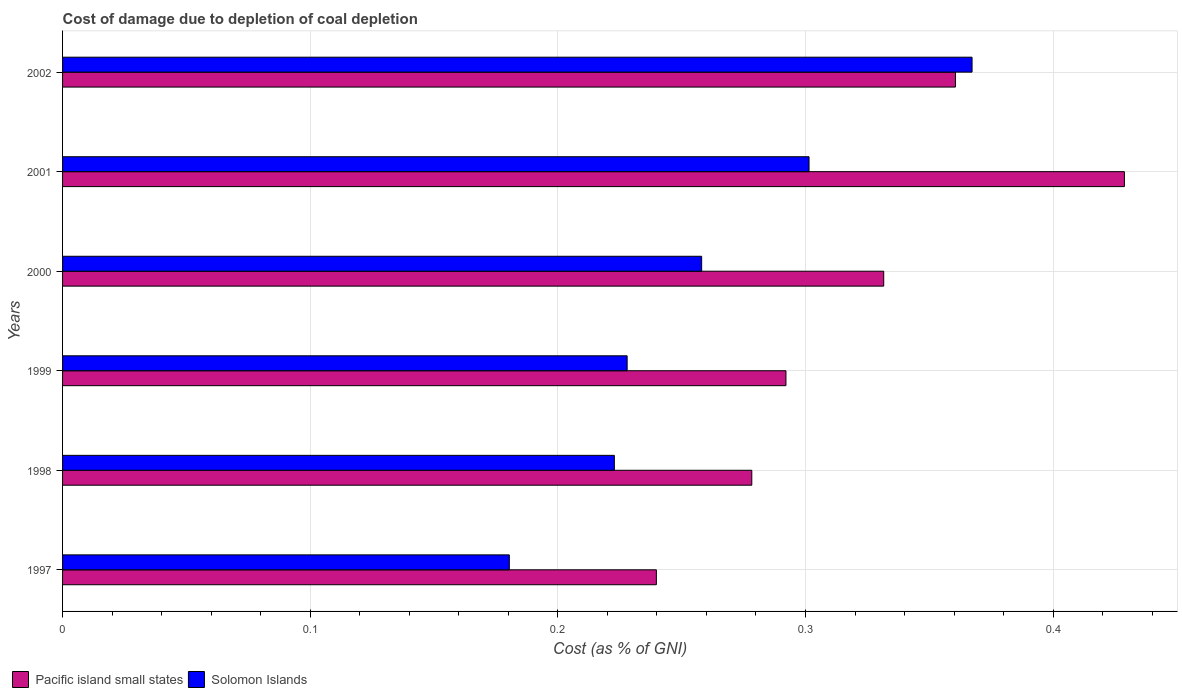
| Years | Pacific island small states | Solomon Islands |
 | --- | --- | --- |
 | 1997 | 0.24 | 0.18 |
 | 1998 | 0.278 | 0.223 |
 | 1999 | 0.292 | 0.228 |
 | 2000 | 0.332 | 0.258 |
 | 2001 | 0.429 | 0.301 |
 | 2002 | 0.361 | 0.367 |